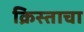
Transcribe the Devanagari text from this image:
क्रिस्ताचा